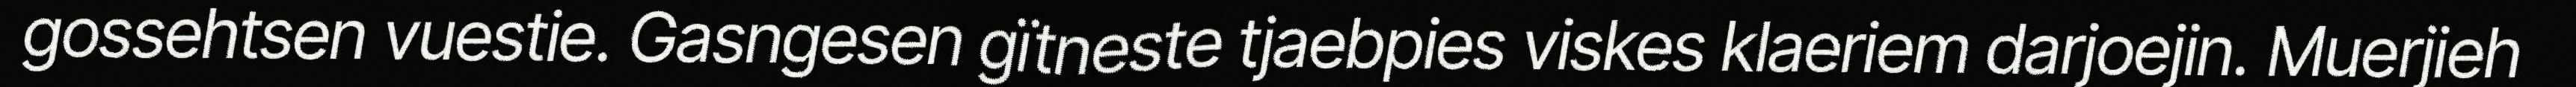
gossehtsen vuestie. Gasngesen gïtneste tjaebpies viskes klaeriem darjoejin. Muerjieh